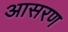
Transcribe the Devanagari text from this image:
आसरण